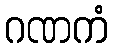
ဂဏကံ